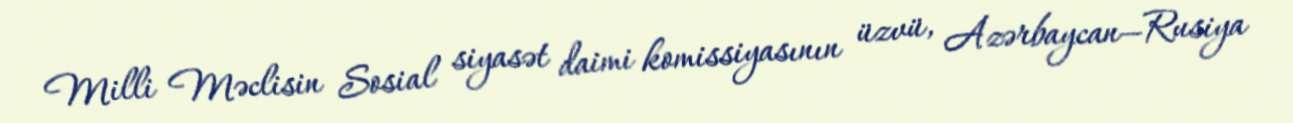
Milli Məclisin Sosial siyasət daimi komissiyasının üzvü, Azərbaycan—Rusiya